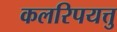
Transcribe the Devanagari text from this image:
कलरिपयत्तु